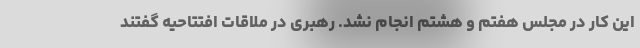
این کار در مجلس هفتم و هشتم انجام نشد. رهبری در ملاقات افتتاحیه گفتند